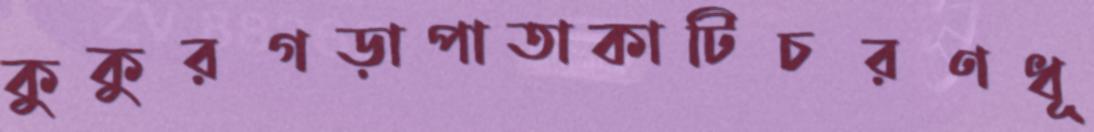
কুকুরগড়াপাতাকাটিচরণধূ